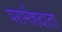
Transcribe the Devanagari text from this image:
परार्मशदाता